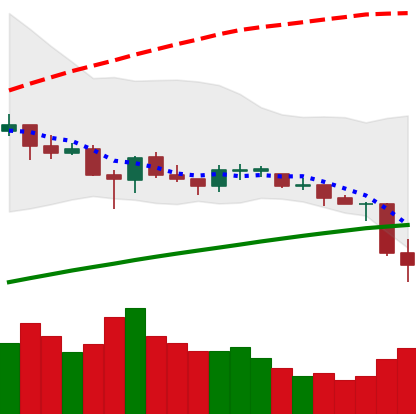
Ticker: ETC-USD
Chart end date: 2021-06-22
Forward return: 15.891%
Label: up_7plus